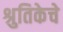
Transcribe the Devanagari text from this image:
श्रुतिकेचे